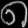
Digit: ၈